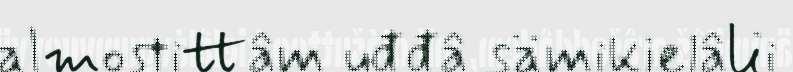
almostittâm uđđâ sämikielâlii